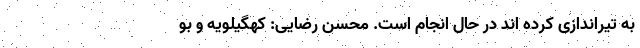
به تیراندازی کرده اند در حال انجام است. محسن رضایی: کهگیلویه و بو